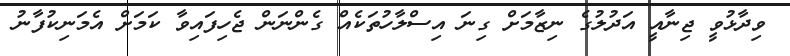
ވިދާޅުވީ ޖިނާއީ އަދުލުގެ ނިޒާމަށް ގިނަ އިސްލާހުތަކެއް ގެންނަން ޖެހިފައިވާ ކަމަށް އެމަނިކުފާނު